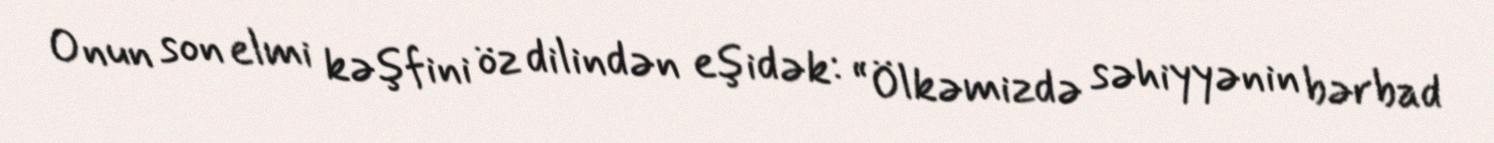
Onun son elmi kəşfini öz dilindən eşidək: “Ölkəmizdə səhiyyənin bərbad